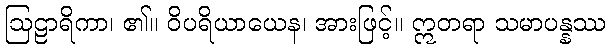
ဩဠာရိကာ၊ ၏။ ဝိပရိယာယေန၊ အားဖြင့်။ ဣတရာ သမာပန္နဿ